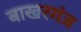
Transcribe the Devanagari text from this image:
बाखरगंज